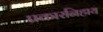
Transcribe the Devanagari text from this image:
प्रकारनिहाय